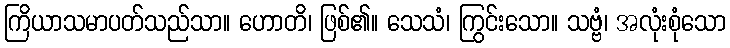
ကြိယာသမာပတ်သည်သာ။ ဟောတိ၊ ဖြစ်၏။ သေသံ၊ ကြွင်းသော။ သဗ္ဗံ၊ အလုံးစုံသော